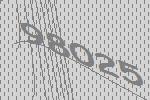
98025